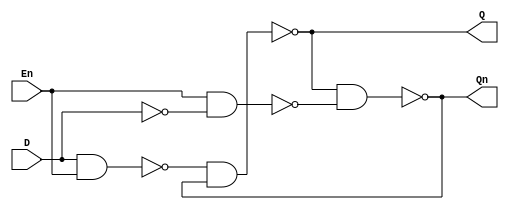
`timescale 1ns / 1ps

module D_Latch(D,En,Q,Qn);

input   D, En;
output  Q, Qn;

wire    Sn, Rn, Dn;

not     i0(Dn, D);
nand    i1(Sn, D, En);
nand    i2(Rn, En, Dn);
nand    i3(Q, Sn, Qn);
nand    i4(Qn, Q, Rn);

endmodule